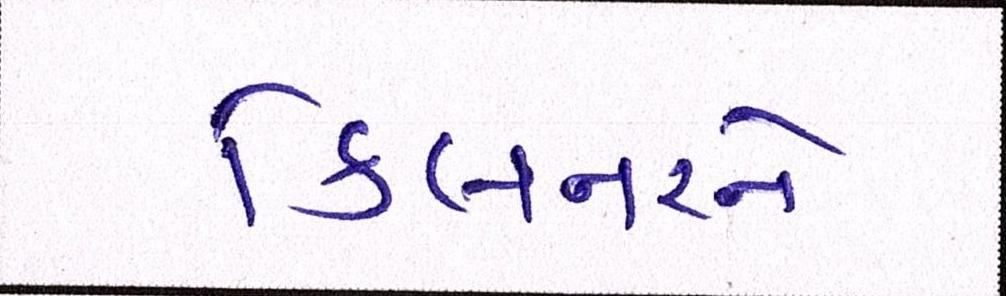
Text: કિલનરને